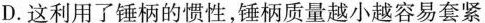
D.这利用了锤柄的惯性，锤柄质量越小越容易套紧